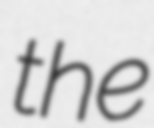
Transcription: the